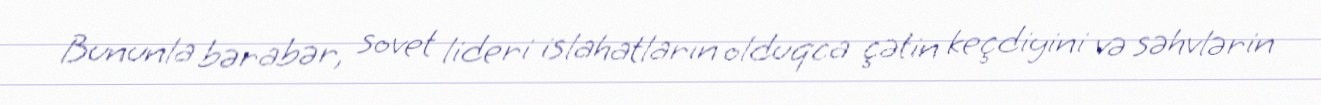
Bununla bərabər, sovet lideri islahatların olduqca çətin keçdiyini və səhvlərin